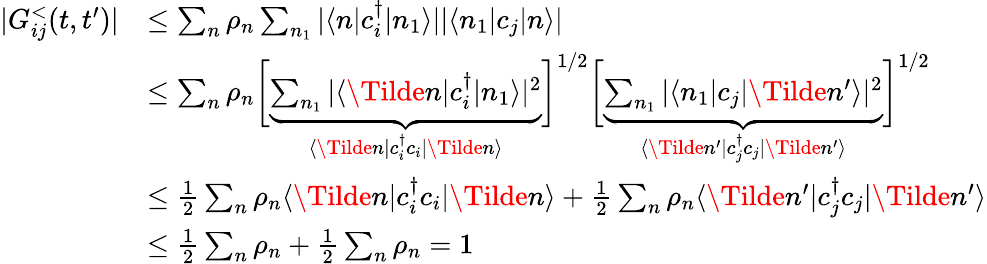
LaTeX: \begin{array}{rl}{|G_{ij}^{<}(t,t^{\prime})|}&{\leq\sum_{n}\rho_{n}\sum_{n_{1}}|\langle n|c_{i}^{\dagger}|n_{1}\rangle||\langle n_{1}|c_{j}|n\rangle|}\\ &{\leq\sum_{n}\rho_{n}\bigg[\underbrace{\sum_{n_{1}}|\langle\Tilde{n}|c_{i}^{\dagger}|n_{1}\rangle|^{2}}_{\langle\Tilde{n}|c_{i}^{\dagger}c_{i}|\Tilde{n}\rangle}\bigg]^{1/2}\bigg[\underbrace{\sum_{n_{1}}|\langle n_{1}|c_{j}|\Tilde{n}^{\prime}\rangle|^{2}}_{\langle\Tilde{n}^{\prime}|c_{j}^{\dagger}c_{j}|\Tilde{n}^{\prime}\rangle}\bigg]^{1/2}}\\ &{\leq\frac{1}{2}\sum_{n}\rho_{n}\langle\Tilde{n}|c_{i}^{\dagger}c_{i}|\Tilde{n}\rangle+\frac{1}{2}\sum_{n}\rho_{n}\langle\Tilde{n}^{\prime}|c_{j}^{\dagger}c_{j}|\Tilde{n}^{\prime}\rangle}\\ &{\leq\frac{1}{2}\sum_{n}\rho_{n}+\frac{1}{2}\sum_{n}\rho_{n}=1}\end{array}